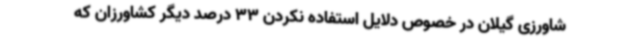
شاورزی گیلان در خصوص دلایل استفاده نکردن 33 درصد دیگر کشاورزان که